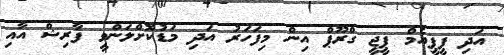
އަދި ޕީޕީއެމް ޕީޖީ ގްރޫޕް އިން މިފަހަރު އަދި މަޑުކޮށްލަންވީ ފާރިޝް އާއި